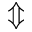
\Updownarrow